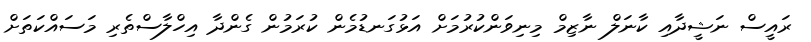
ރައީސް ނަޝީދާއި ކާނަލް ނާޒިމް މިނިވަންކުރުމަށް އަޅުގަނޑުމެން ކުރަމުން ގެންދާ އިހްލާސްތެރި މަސައްކަތަށް